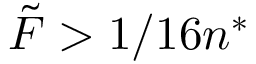
\tilde { F } > 1 / 1 6 n ^ { * }